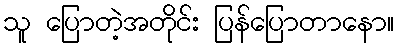
သူ ပြောတဲ့အတိုင်း ပြန်ပြောတာနော။